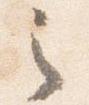
之